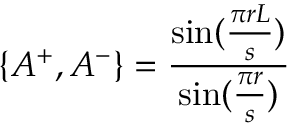
\{ A ^ { + } , A ^ { - } \} = \frac { \sin ( \frac { \pi r L } { s } ) } { \sin ( \frac { \pi r } { s } ) }